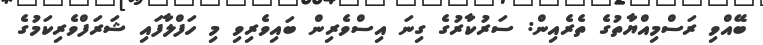
ބޭއްވި ރަސްމިއްޔާތުގެ ތެރެއިން: ސަރުކާރުގެ ގިނަ އިސްވެރިން ބައިވެރިވި މި ހަފްލާފައި ޝަރަފްވެރިކަމުގެ